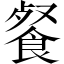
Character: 餐